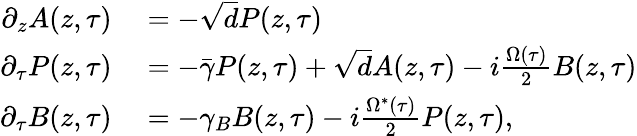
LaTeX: \begin{array}{rl}{\partial_{z}A(z,\tau)}&{{}=-\sqrt{d}P(z,\tau)}\\ {\partial_{\tau}P(z,\tau)}&{{}=-\bar{\gamma}P(z,\tau)+\sqrt{d}A(z,\tau)-i\frac{\Omega(\tau)}{2}B(z,\tau)}\\ {\partial_{\tau}B(z,\tau)}&{{}=-\gamma_{B}B(z,\tau)-i\frac{\Omega^{*}(\tau)}{2}P(z,\tau),}\end{array}